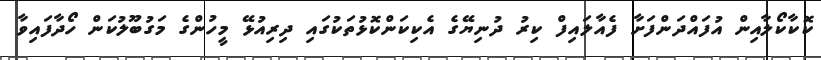
ކޮކާކޯލާއިން އުފައްދަންފަށާ ފެއާލައިފް ކިރު ދުނިޔޭގެ އެކިކަންކޮޅުތަކުގައި ދިރިއުޅޭ މީހުންގެ މަގުބޫލުކަން ހޯދާފައިވާ